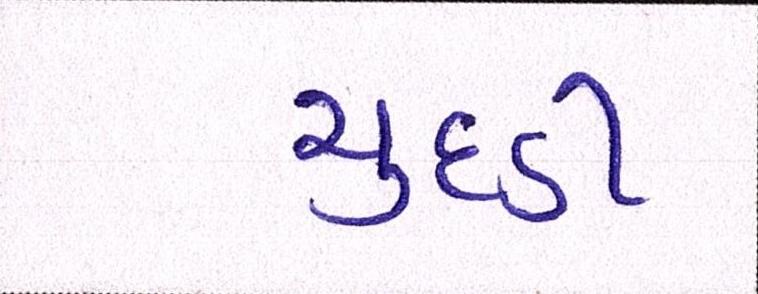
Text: ચુદડી